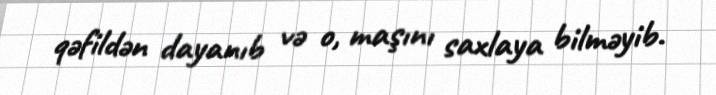
qəfildən dayanıb və o, maşını saxlaya bilməyib.